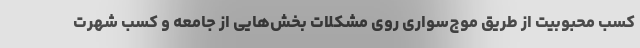
کسب محبوبیت از طریق موج‌سواری روی مشکلات بخش‌هایی از جامعه و کسب شهرت